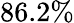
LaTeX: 86.2\%